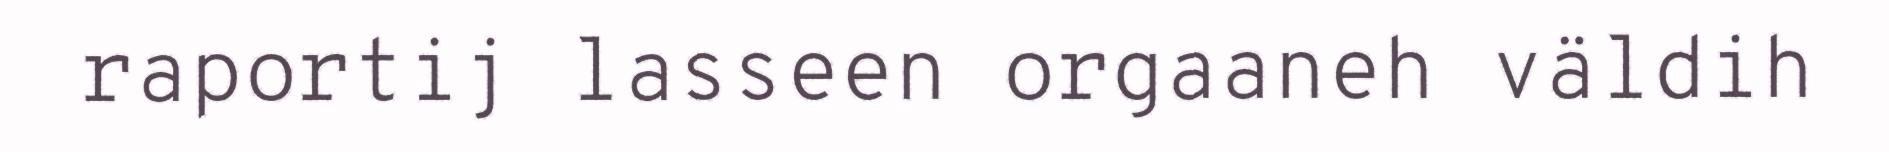
raportij lasseen orgaaneh väldih